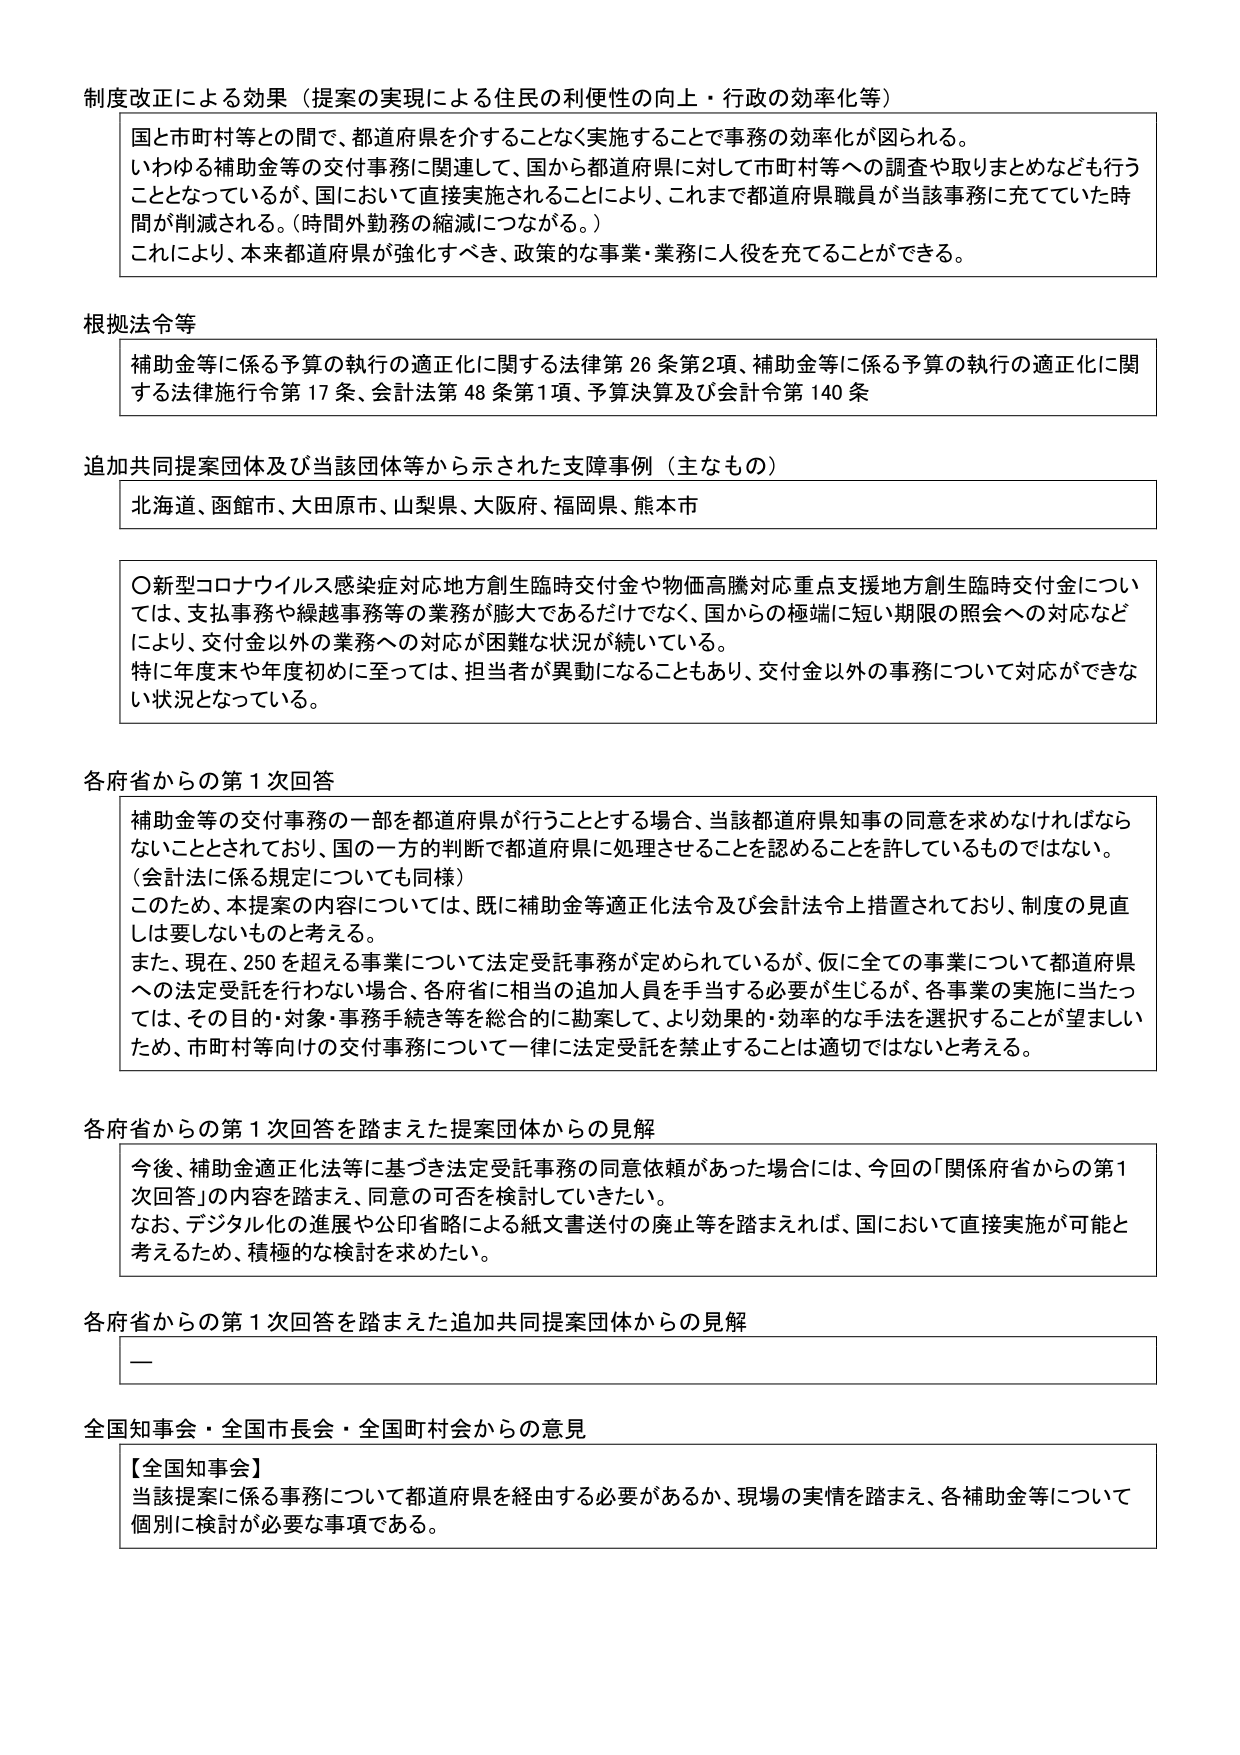
制度改正による効果（提案の実現による住民の利便性の向上・行政の効率化等）

国と市町村等との間で、都道府県を介することなく実施することで事務の効率化が図られる。
いわゆる補助金等の交付事務に関連して、国から都道府県に対して市町村等への調査や取りまとめなども行うこととなっているが、国において直接実施されることにより、これまで都道府県職員が当該事務に充てていた時間が削減される。（時間外勤務の縮減につながる。）
これにより、本来都道府県が強化すべき、政策的な事業・業務に人役を充てることができる。

根拠法令等

補助金等に係る予算の執行の適正化に関する法律第26条第2項、補助金等に係る予算の執行の適正化に関する法律施行令第17条、会計法第48条第1項、予算決算及び会計令第140条

追加共同提案団体及び当該団体等から示された支障事例（主なもの）

北海道、函館市、大田原市、山梨県、大阪府、福岡県、熊本市

〇新型コロナウイルス感染症対応地方創生臨時交付金や物価高騰対応重点支援地方創生臨時交付金については、支払事務や繰越事務等の業務が膨大であるだけでなく、国からの極端に短い期限の照会への対応などにより、交付金以外の業務への対応が困難な状況が続いている。
特に年度末や年度初めに至っては、担当者が異動になることもあり、交付金以外の事務について対応ができない状況となっている。

各府省からの第1次回答

補助金等の交付事務の一部を都道府県が行うこととする場合、当該都道府県知事の同意を求めなければならないこととされており、国の一方向的判断で都道府県に処理させることを認めることを許しているものではない。
（会計法に係る規定についても同様）
このため、本提案の内容については、既に補助金等適正化法令及び会計法令上措置されており、制度の見直しは要しないものと考える。
また、現在、250を超える事業について法定受託事務が定められているが、仮に全ての事業について都道府県への法定受託が行われない場合、各府省に相当の追加人員を手当する必要が生じるが、各事業の実施に当たっては、その目的・対象・事務手続き等を総合的に勘案して、より効果的・効率的な手法を選択することが望ましいため、市町村等向けの交付事務について一律に法定受託を禁止することは適切ではないと考える。

各府省からの第1次回答を踏まえた提案団体からの見解

今後、補助金適正化法等に基づき法定受託事務の同意依頼があった場合には、今回の「関係府省からの第1次回答」の内容を踏まえ、同意の可否を検討していきたい。
なお、デジタル化の進展や公印省略による紙文書送付の廃止等を踏まえれば、国において直接実施が可能と考えるため、積極的な検討を求めたい。

各府省からの第1次回答を踏まえた追加共同提案団体からの見解

—

全国知事会・全国市長会・全国町村会からの意見

【全国知事会】
当該提案に係る事務について都道府県を経由する必要があるか、現場の実情を踏まえ、各補助金等について個別に検討が必要な事項である。